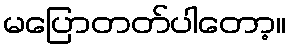
မပြောတတ်ပါတော့။